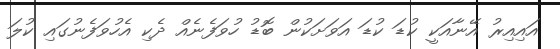
އައިއިރު އޭނާއަކީ ކުޑަ ކުޑަ އަވަށަކުން ބޮޑު ހުވަފެނެއް ދެކި އެހުވަފެނުގައި ކުލަ